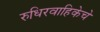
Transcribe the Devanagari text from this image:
रुधिरवाहिकेचे